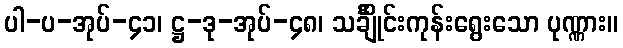
ပါ-ပ-အုပ်-၄၁၊ ဋ္ဌ-ဒု-အုပ်-၄၈၊ သင်္ချိုင်းကုန်းရွေးသော ပုဏ္ဏား။